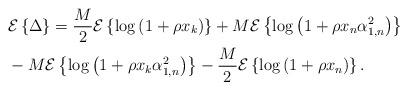
LaTeX: \begin{align*}&\mathcal{E}\left\{\Delta\right\} =\frac{M}{2}\mathcal{E}\left\{ \log \left( 1+\rho x_{k} \right)\right\} +M\mathcal{E}\left\{\log \left(1+\rho x_n\alpha_{1,n}^2 \right) \right\} \\ &- M \mathcal{E}\left\{\log\left(1+ \rho x_k \alpha_{1,n}^2\right)\right\} -\frac{M}{2}\mathcal{E}\left\{\log \left(1+\rho x_n \right) \right\}.\end{align*}